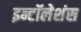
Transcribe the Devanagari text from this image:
इन्टॉलेशंस